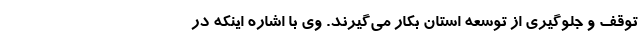
توقف و جلوگیری از توسعه استان بکار می‌گیرند. وی با اشاره اینکه در